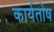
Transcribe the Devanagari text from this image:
कार्यतोष